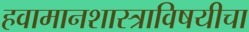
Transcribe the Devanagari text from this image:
हवामानशास्त्राविषयीचा